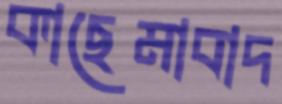
কাছেমাবাদ